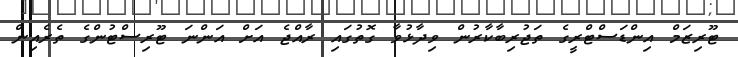
ޓޫރިޒަމް އިންޑަސްޓްރީގެ ތަޖުރިބާކާރުން ވިދާޅުވާ ގޮތުގައި ރާއްޖެ އަށް އަންނަ ޓޫރިސްޓުންގެ ތެރެއިން